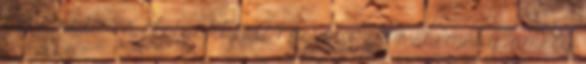
szívünkbe és életünkbe. A húsvét az az esemény, amely